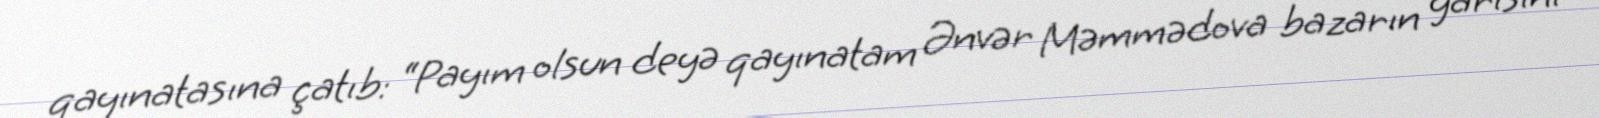
qayınatasına çatıb: “Payım olsun deyə qayınatam Ənvər Məmmədova bazarın yarısını